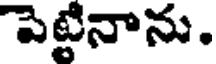
పెట్టినాను.